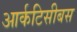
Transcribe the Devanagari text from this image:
आर्कटिसीबस